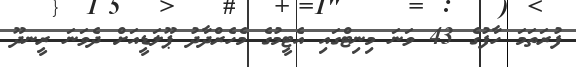
ފުރަތަމަ ހާފުގެ 43 ވަނަ މިނިޓްގައި އެޓީމުގެ މެހެރްދާދު ޕޫލަޑީއަށް ދެވަނަ ރީނދޫ